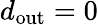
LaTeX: d_{\mathrm{out}}=0